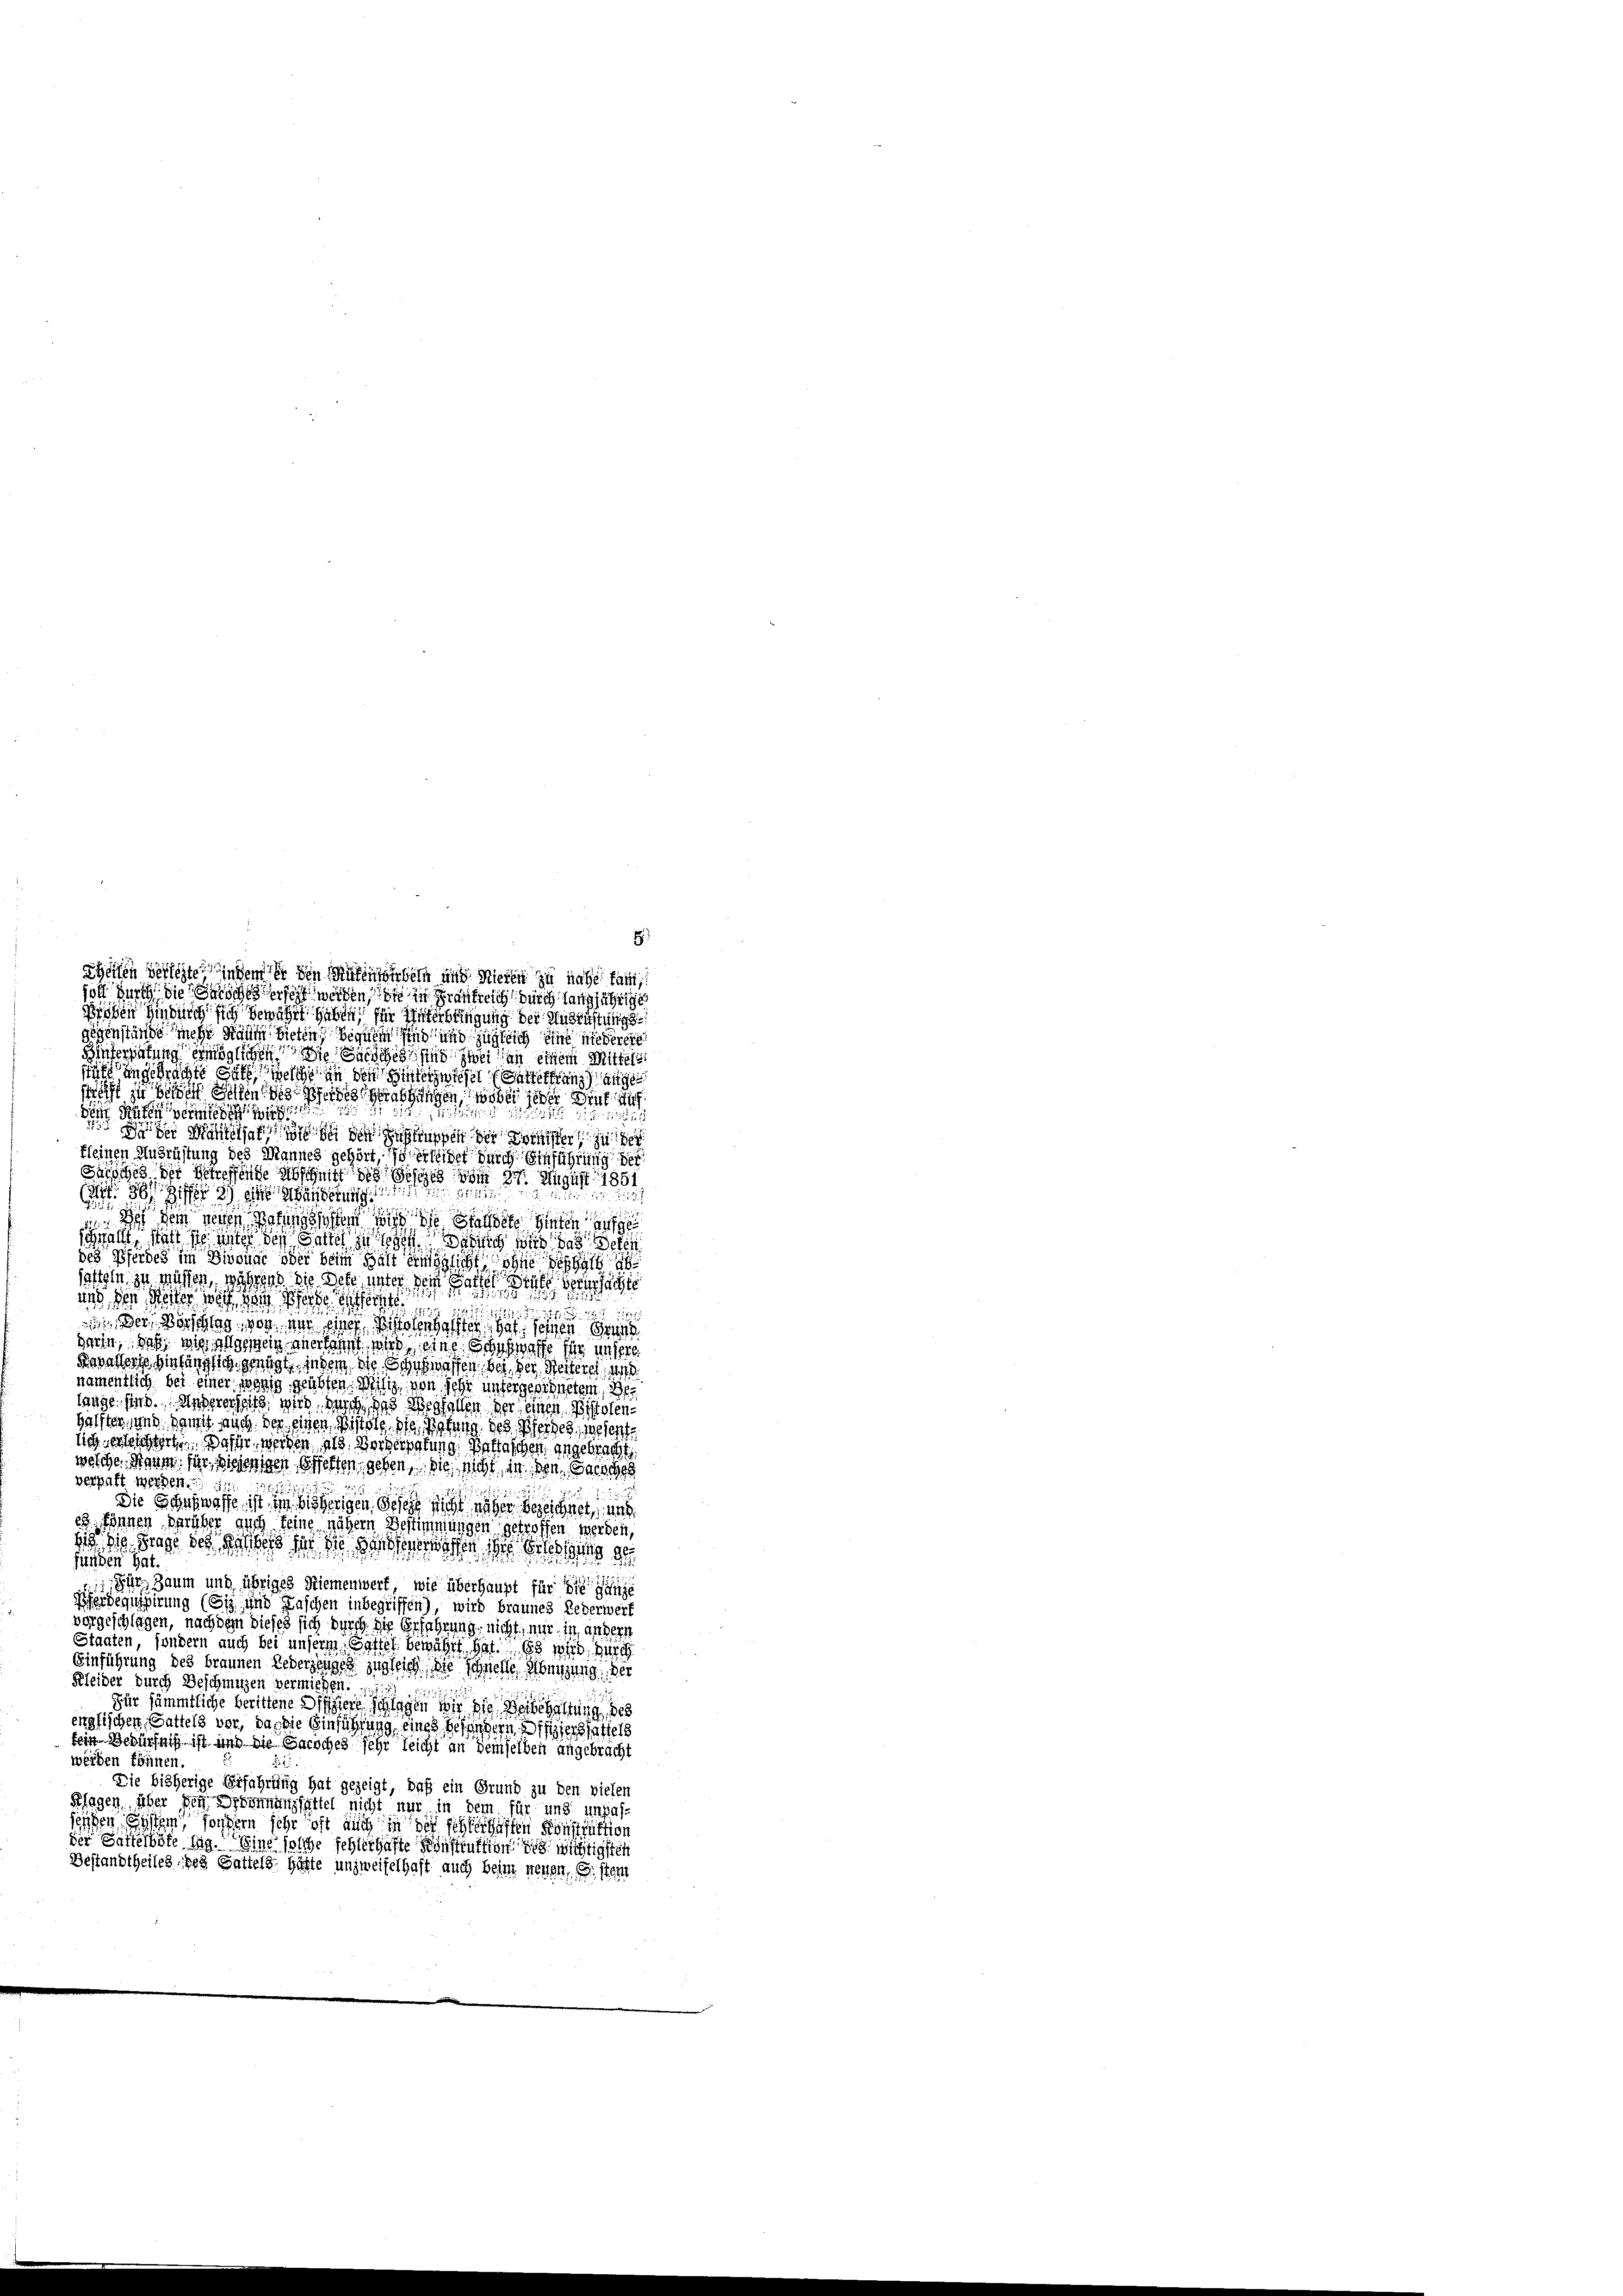
iottin zu müssen, während sie sehe unter den Basel in dersel
uns den Kosten werden Pferde de

2
wider, Vorschlag, von nur einer Biolen alten zu seinen G
grin, daß, wie allgemein anerkannt wird eine Hauswaffe für unsere
Bewachst hinlänglich genügt, indem die Schwassen, der der Weiteres, a
namentlich bei einer wenig geübten. Weisiz, von sehr untergesegnetem Ber
wage sind. Unsererheits, wird durch das Weshallen der einen Biolenhälften, und damit auch der einen Wistete. Die Befung des Pferdes, wesent
sich versichtert. Das werden als Vorberatung. Beftaschen angebracht
welche Saum für diejenigen Offerten, gehen, die nicht in den Sache
verhaft werden.
Die Schafwaffe ist in bisherigen Beseit sicht näher bezeichnet, un
s Können darüber auch keine nähern Bestimmungen getroffen werden,
 10. Frage des der das der die ganzeigten die Gleich ge
funden hat.
Zur Zaum und übriges Riemenwert, wie überhaupt für sie ganze
Pferdefüsirung (Siz, und Taschen inbegriffen), wird braunes Lederwerf
vorgeschlagen, nach dem dieses sich durch die Erfahrung nicht, mir, in andere
Staaten, sondern auch bei unserm Gattel bewährt, hat. Es wird, durch
Einführung des braunen Lederstagen zugleich, die schnelle Neigung der
Kleider durch Beschmutzen verwichen.
Für sämmtliche berittene Differe schlagen wir die Beibehaltung des
englischen Gattels vor, das die Einführung eines besondern Differstattels
fein Bedürfniß ist und die Sacches sehr leicht an demselben angebracht
werden können.
Die bisherige Erfahrung hat gezeigt, daß ein Grund zu den vielen
Klagen, über den Brennungsettel nicht nur in dem für und unpas-
seigen System, fordern sehr oft auch in der schleithaften Konstruktion
der Gattesbote die eine solche schlechäfte Sonstruktion des wichtigsten
Bestandtheiles des Gattels hätte unzweifelhaft auch beim neuen, stern

Theilen verlegte indem er den Mülenwirbeln und Mieten zu nahe fam
joch durch die Siches ist werden in in Frankreich durch langjährige
Bieben findurch sich gewährt haben, für Interbringung der Ausrüstungs
gegenstände nicht sähe bieten begnen sind und zugleich eine niederen
Hinterhietung ermöglichen die Sache sind zwei an einem Mittels
süfe angebrachte Orte, welche in den Hinterwiesel (Interfranz ange
trifft zu behalt Sollen dessergrabungen, wobei jeder Denk auf

 Paten werde
de der Mattharin in der Haftungen der Sonster in der
kleinen Ausrüstung des Mannes gehört, sich erleidet durch Einführung der
Sarsches der betreffende Abschnitt
sezes vom 27. August 1851
.
Art: 36 Ziff. 3 ang
 Ist dem neuen Passischehen wird die Sachste Hinten aufge
ichfallt, statt sie unter den Gatten zu sehen Zürich wird das Sehen
des Pferdes im Divoune ober beim Halt ermöglicht ohne de

8.